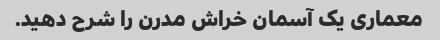
معماری یک آسمان خراش مدرن را شرح دهید.